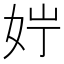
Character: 𪥭